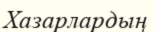
Хазарлардың